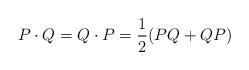
LaTeX: \begin{align*}P\cdot Q = Q\cdot P =\frac{1}{2}(P Q + Q P) \end{align*}